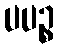
ပပဉ္စ